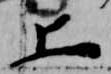
上